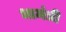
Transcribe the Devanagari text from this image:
धामंत्री